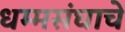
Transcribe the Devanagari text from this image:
धम्मसंघाचे